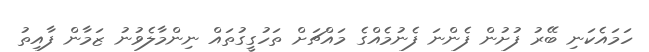
ހަމައެކަނި ބޭރު ފުށުން ފެންނަ ފެނުމެއްގެ މައްޗަށް ތަހުގީގުތައް ނިންމާލެވުނު ޒަމާން ފާއިތު